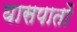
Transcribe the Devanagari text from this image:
घासपातों